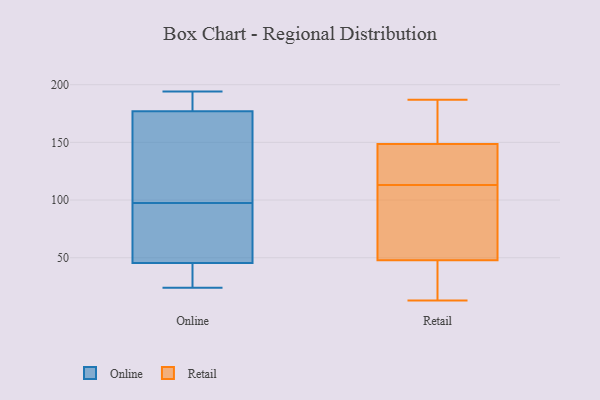
{"axis": {"x": "Demand Index", "y": "Value"}, "legend": ["Online", "Retail"], "data": [{"x": "", "y": 194, "type": "Online"}, {"x": "", "y": 28, "type": "Online"}, {"x": "", "y": 44, "type": "Online"}, {"x": "", "y": 155, "type": "Online"}, {"x": "", "y": 177, "type": "Online"}, {"x": "", "y": 180, "type": "Online"}, {"x": "", "y": 188, "type": "Online"}, {"x": "", "y": 55, "type": "Online"}, {"x": "", "y": 47, "type": "Online"}, {"x": "", "y": 56, "type": "Online"}, {"x": "", "y": 24, "type": "Online"}, {"x": "", "y": 128, "type": "Online"}, {"x": "", "y": 37, "type": "Online"}, {"x": "", "y": 67, "type": "Online"}, {"x": "", "y": 134, "type": "Online"}, {"x": "", "y": 177, "type": "Online"}, {"x": "", "y": 28, "type": "Retail"}, {"x": "", "y": 164, "type": "Retail"}, {"x": "", "y": 129, "type": "Retail"}, {"x": "", "y": 124, "type": "Retail"}, {"x": "", "y": 61, "type": "Retail"}, {"x": "", "y": 187, "type": "Retail"}, {"x": "", "y": 81, "type": "Retail"}, {"x": "", "y": 130, "type": "Retail"}, {"x": "", "y": 28, "type": "Retail"}, {"x": "", "y": 13, "type": "Retail"}, {"x": "", "y": 35, "type": "Retail"}, {"x": "", "y": 144, "type": "Retail"}, {"x": "", "y": 77, "type": "Retail"}, {"x": "", "y": 52, "type": "Retail"}, {"x": "", "y": 162, "type": "Retail"}, {"x": "", "y": 163, "type": "Retail"}, {"x": "", "y": 113, "type": "Retail"}]}